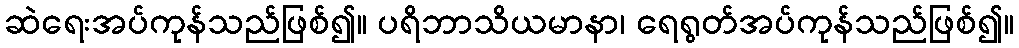
ဆဲရေးအပ်ကုန်သည်ဖြစ်၍။ ပရိဘာသိယမာနာ၊ ရေရွတ်အပ်ကုန်သည်ဖြစ်၍။